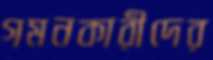
গমনকারীদের